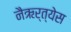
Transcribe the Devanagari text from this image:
नैऋर्त्येस